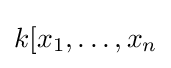
k[x_{1},\ldots ,x_{n}